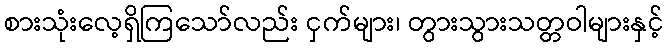
စားသုံးလေ့ရှိကြသော်လည်း ငှက်များ၊ တွားသွားသတ္တဝါများနှင့်